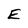
Character: E